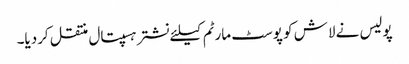
پولیس نے لاش کو پوسٹ مارٹم کیلئے نشتر ہسپتال منتقل کردیا۔